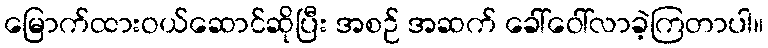
မြောက်ထားဝယ်ဆောင်ဆိုပြီး အစဉ် အဆက် ခေါ်ဝေါ်လာခဲ့ကြတာပါ။